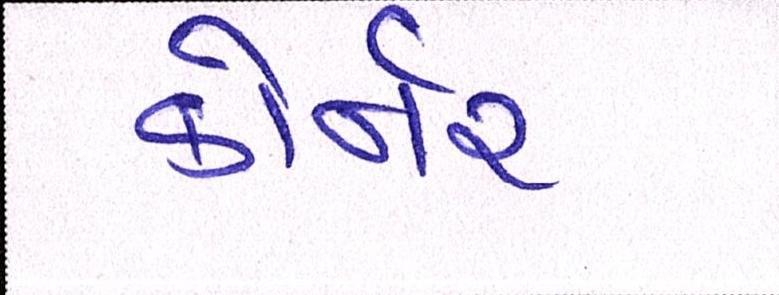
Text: કોર્નર